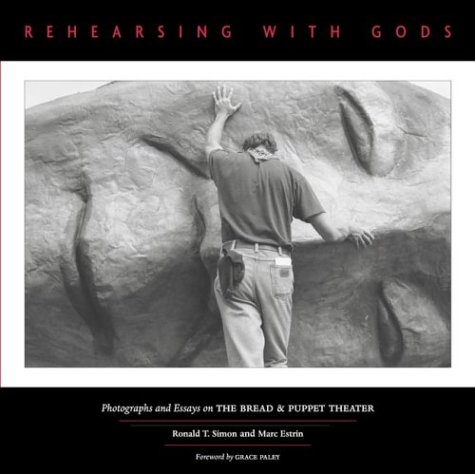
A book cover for Rehearsing with Gods: Photographs and Essays on the Bread & Puppet Theater; Ronald T. Simon; Crafts, Hobbies & Home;